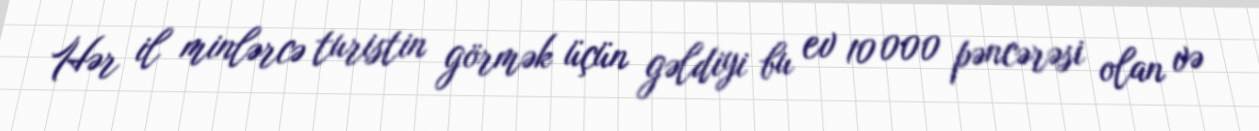
Hər il minlərcə turistin görmək üçün gəldiyi bu ev 10 000 pəncərəsi olan və